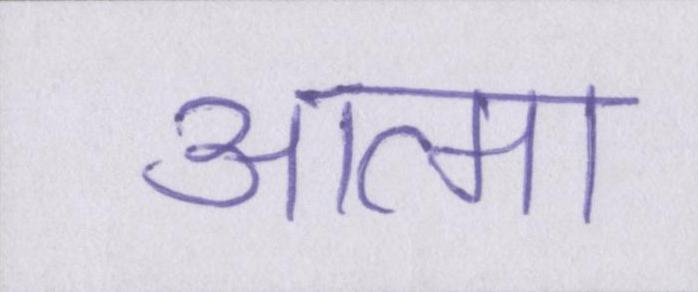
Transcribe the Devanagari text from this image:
आत्मा